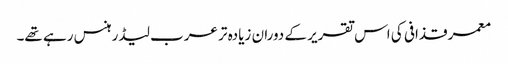
معمر قذافی کی اس تقریر کے دوران زیادہ تر عرب لیڈر ہنس رہے تھے۔